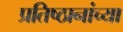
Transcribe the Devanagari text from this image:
प्रतिष्ठानांच्या